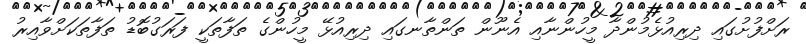
ރަށްފުށުގައި ދިރިއުޅެމުންދާ މީހުންނާއި އެނޫން ތަންތާނގައި ދިރިއުޅޭ މީހުންގެ ތަފާތަކީ ފަރަގުބޮޑު ތަފާތަކަށްވާއިރު